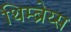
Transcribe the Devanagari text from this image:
थिम्ब्रेय्स